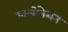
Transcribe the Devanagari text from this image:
पालीनेशन